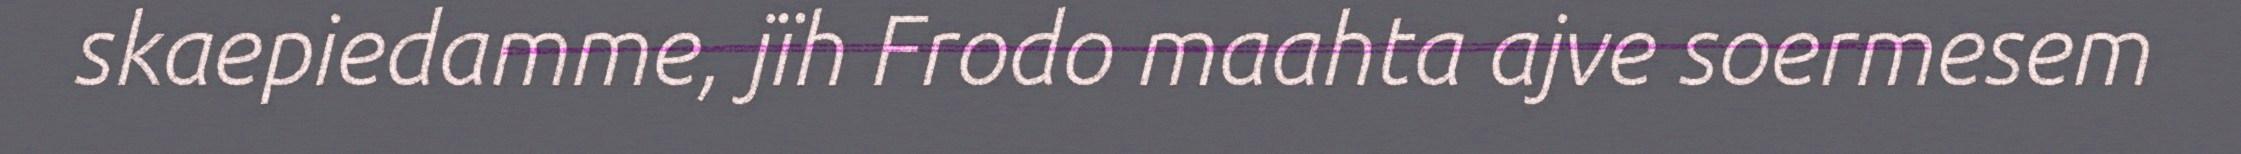
skaepiedamme, jïh Frodo maahta ajve soermesem